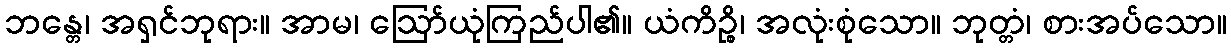
ဘန္တေ၊ အရှင်ဘုရား။ အာမ၊ ဩော်ယုံကြည်ပါ၏။ ယံကိဉ္စိ၊ အလုံးစုံသော။ ဘုတ္တံ၊ စားအပ်သော။